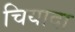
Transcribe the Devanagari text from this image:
चियादा